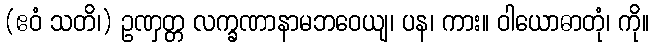
(ဧဝံ သတိ၊) ဥဏှတ္တ လက္ခဏာနာမဘဝေယျ၊ ပန၊ ကား။ ဝါယောဓာတုံ၊ ကို။